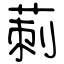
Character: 莿